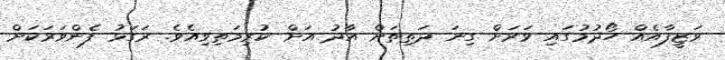
ވަޒީފާއެއް ހޯދުމުގައި ވަރަށް ގިނަ ދަތިތަށް އާދު އަށް ކުރިމަތިވިއެވެ. ރަގަޅު ފެންވަރަކަށް